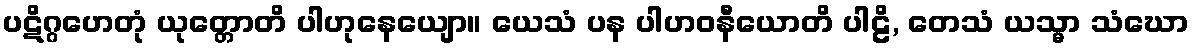
ပဋိဂ္ဂဟေတုံ ယုတ္တောတိ ပါဟုနေယျော။ ယေသံ ပန ပါဟဝနီယောတိ ပါဠိ, တေသံ ယသ္မာ သံဃော